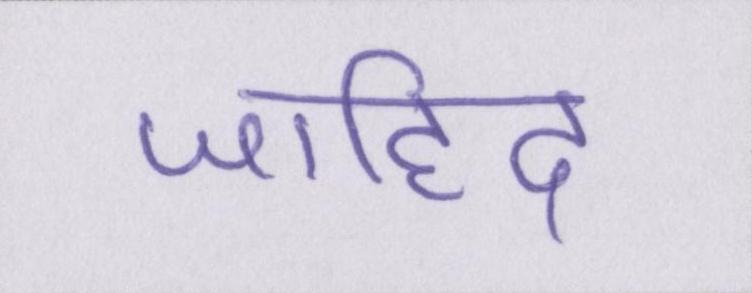
जाहिद